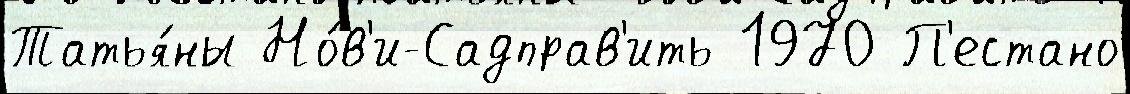
Татья́ны Но́в'и-Садправ'ить 1970 П'естано